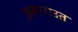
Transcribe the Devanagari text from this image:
अकाराउत